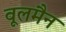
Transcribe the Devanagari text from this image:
वूलमैन